Vaccination report Assam 1874-1896 - 1874-1896
Year: 1874
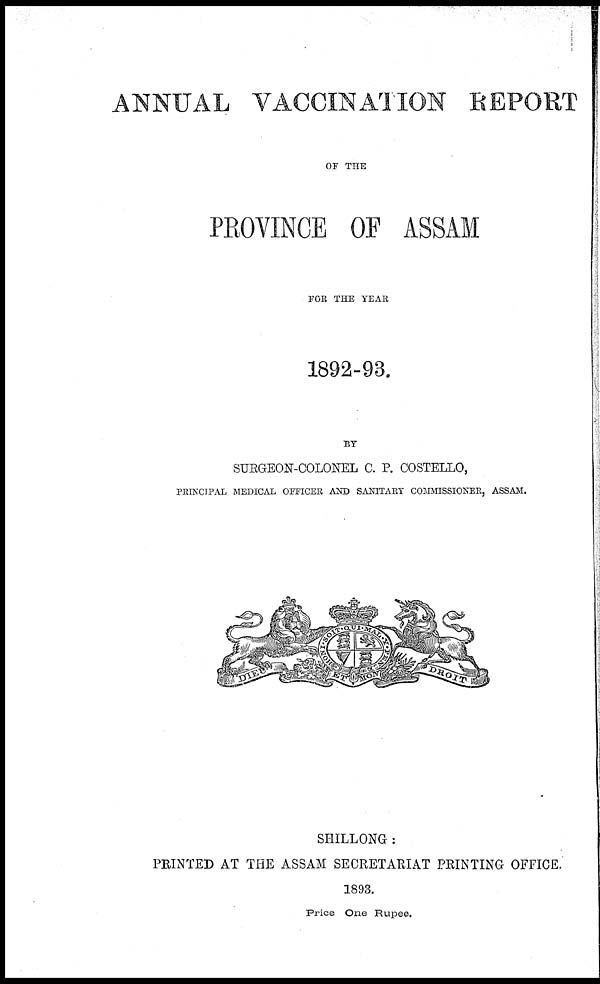
ANNUAL VACCINATION REPORT
OF THE
PROVINCE OF ASSAM
FOR THE YEAR
1892-93.
BY
SURGEON-COLONEL C. P. COSTELLO,
PRINCIPAL MEDICAL OFFICER AND SANITARY COMMISSIONER, ASSAM.
SHILLONG :
PRINTED AT THE ASSAM SECRETARIAT PRINTING OFFICE.
1893.
Price One Rupee.